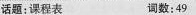
话题:课程表 词数:49